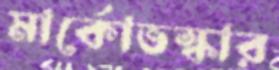
মার্কোভস্কার